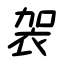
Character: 袈